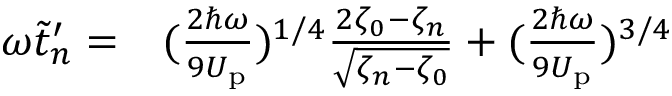
\begin{array} { r l } { \omega \tilde { t } _ { n } ^ { \prime } = } & { { } ( \frac { 2 \hbar \omega } { 9 U _ { \mathrm { p } } } ) ^ { 1 / 4 } \frac { 2 \zeta _ { 0 } - \zeta _ { n } } { \sqrt { \zeta _ { n } - \zeta _ { 0 } } } + ( \frac { 2 \hbar \omega } { 9 U _ { \mathrm { p } } } ) ^ { 3 / 4 } } \end{array}